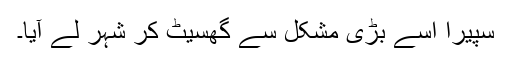
سپیرا اسے بڑی مشکل سے گھسیٹ کر شہر لے آیا۔